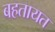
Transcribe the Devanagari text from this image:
बहतायत